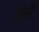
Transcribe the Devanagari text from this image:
ग्रोसी